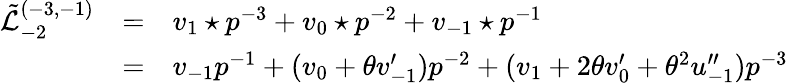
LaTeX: \begin{array}{lcl}{{\tilde{\mathcal L}_{-2}^{(-3,-1)}}}&{{=}}&{{{v_{1}\star p}^{-3}+v_{0}\star p^{-2}+v_{-1}\star p^{-1}}}\\ {{}}&{{=}}&{{v_{-1}{p}^{-1}+(v_{0}+\theta v_{-1}^{\prime})p^{-2}+(v_{1}+2\theta v_{0}^{\prime}+\theta^{2}u_{-1}^{\prime\prime})p^{-3}}}\end{array}